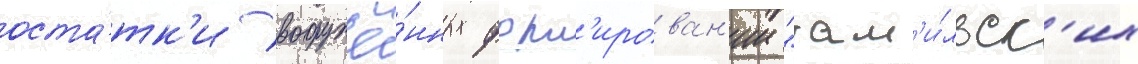
оста́тк'и вооружё́нных форм'ирован'ии "там'и́льск'их